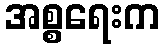
အစ္စရေးက